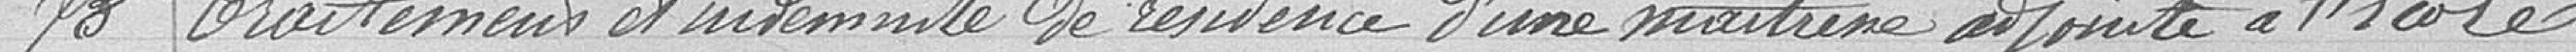
78Traitement et indemnité de résidence d'une maîtresse adjointe à l'école